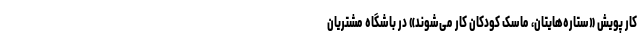
کار پویش «ستاره‌هایتان، ماسک کودکان کار می‌شوند» در باشگاه مشتریان